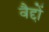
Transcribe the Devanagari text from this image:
वैद्दों